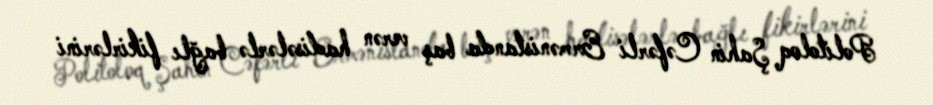
Politoloq Şahin Cəfərli Ermənistanda baş verən hadisələrlə bağlı fikirlərini